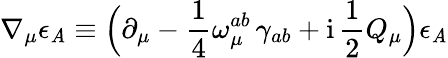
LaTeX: \nabla_{\mu}\epsilon_{\mathit{A}}\equiv\Bigl(\partial_{\mu}-\frac{{1}}{{4}}\omega_{\mu}^{ab}\, \gamma_{ab}+\mathrm{{i}}\, \frac{{1}}{{2}}Q_{\mu}\Bigr)\epsilon_{\mathit{A}}